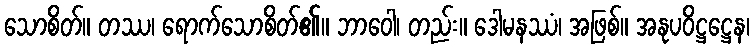
သောစိတ်။ တဿ၊ ရောက်သောစိတ်၏။ ဘာဝေါ၊ တည်း။ ဒေါမနဿံ၊ အဖြစ်။ အနုပဝိဋ္ဌဋ္ဌေန၊